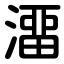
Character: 澑